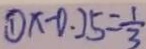
\textcircled { 1 } x - 0 . 2 5 = \frac { 1 } { 3 }